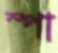
স্পা